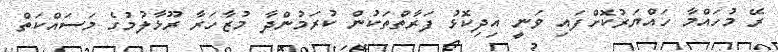
ރޭ މުހައްމާ ހައްޔަރުކޮށްފައި ވަނީ އިދިކޮޅު ފަރާތްތަކުން ކުރަމުންދާ މުޒާހަރާ ރޫޅާލުމުގެ މަސައްކަތް